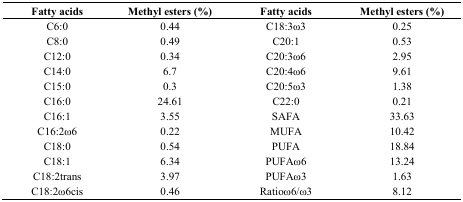
<table><thead><tr><td><b>Fatty acids</b></td><td><b>Methyl esters (%)</b></td><td><b>Fatty acids</b></td><td><b>Methyl esters (%)</b></td></tr></thead><tbody><tr><td>C6:0</td><td>0.44</td><td>C18:3ω3</td><td>0.25</td></tr><tr><td>C8:0</td><td>0.49</td><td>C20:1</td><td>0.53</td></tr><tr><td>C12:0</td><td>0.34</td><td>C20:3ω6</td><td>2.95</td></tr><tr><td>C14:0</td><td>6.7</td><td>C20:4ω6</td><td>9.61</td></tr><tr><td>C15:0</td><td>0.3</td><td>C20:5ω3</td><td>1.38</td></tr><tr><td>C16:0</td><td>24.61</td><td>C22:0</td><td>0.21</td></tr><tr><td>C16:1</td><td>3.55</td><td>SAFA</td><td>33.63</td></tr><tr><td>C16:2ω6</td><td>0.22</td><td>MUFA</td><td>10.42</td></tr><tr><td>C18:0</td><td>0.54</td><td>PUFA</td><td>18.84</td></tr><tr><td>C18:1</td><td>6.34</td><td>PUFAω6</td><td>13.24</td></tr><tr><td>C18:2trans</td><td>3.97</td><td>PUFAω3</td><td>1.63</td></tr><tr><td>C18:2ω6cis</td><td>0.46</td><td>Ratioω6/ω3</td><td>8.12</td></tr></tbody></table>